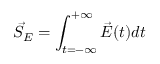
\vec { S } _ { E } = \int _ { t = - \infty } ^ { + \infty } \vec { E } ( t ) d t